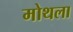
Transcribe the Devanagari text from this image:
मोथला